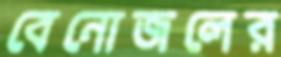
বেনোজলের